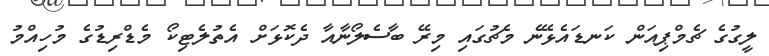
ލީގުގެ ޗެމްޕިއަން ކަނޑައެޅޭނެ މެޗުގައި މިރޭ ބާސެލޯނާއާ ދެކޮޅަށް އެތުލެޓިކޯ މެޑްރިޑުގެ މުހިއްމު